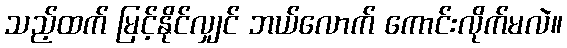
သည့်ထက် မြင့်နိုင်လျှင် ဘယ်လောက် ကောင်းလိုက်မလဲ။